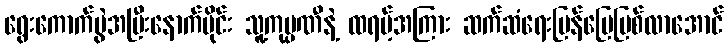
ရွေးကောက်ပွဲအပြီးနောက်ပိုင်း သူ့ကုမ္ပဏီနဲ့ ထရမ့်အကြား ဆက်ဆံရေးပြန်ပြေပြစ်လာအောင်